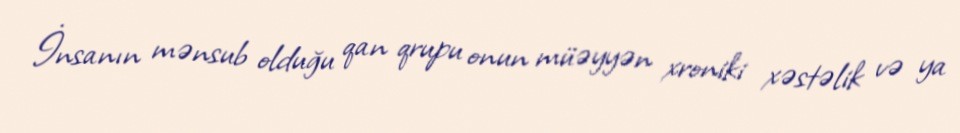
İnsanın mənsub olduğu qan qrupu onun müəyyən xroniki xəstəlik və ya